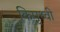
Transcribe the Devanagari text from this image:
किपृथ्वी